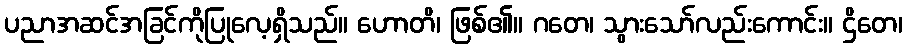
ပညာအဆင်အခြင်ကိုပြုလေ့ရှိသည်။ ဟောတိ၊ ဖြစ်၏။ ဂတေ၊ သွားသော်လည်းကောင်း။ ဌိတေ၊